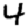
Digit: 4